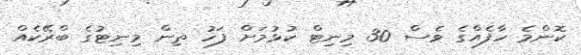
ކޮންމެ ހާފެއްގެ ވެސް 30 މިނިޓް ކުޅުމަށް ފަހު ތިން މިނިޓުގެ ބްރޭކެއް